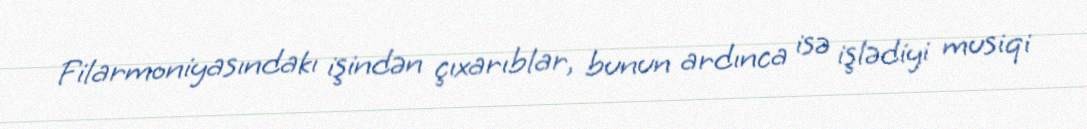
Filarmoniyasındakı işindən çıxarıblar, bunun ardınca isə işlədiyi musiqi